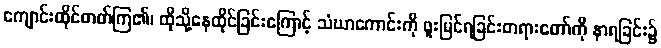
ကျောင်းထိုင်တတ်ကြ၏၊ ထိုသို့နေထိုင်ခြင်းကြောင့် သံဃာကောင်းကို ဖူးမြင်ရခြင်းတရားတော်ကို နာရခြင်း၌